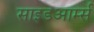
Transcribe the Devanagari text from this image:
साइडआर्म्स